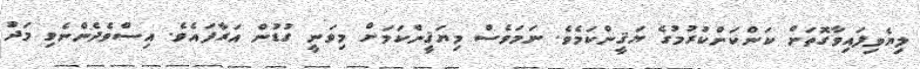
ލިޔެވިފައިވާގޮތަށް ކަންކަންކުރުމުގެ ޔަޤީންކަމެވެ. ނަމަވެސް މިޔަޤީންކަމަށް މިވަނީ ގުޑުން އަރާފައެވެ. އިސްވެދެންނެވި މަދު